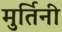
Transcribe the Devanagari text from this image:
मुर्तिनी